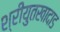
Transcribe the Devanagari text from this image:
श्रीयुतखादाड